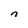
Character: n